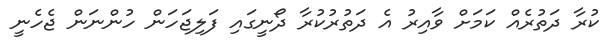
ކުރާ ދަތުރެއް ކަމަށް ވާއިރު އެ ދަތުރުކުރާ ދޯނީގައި ފަލިޖަހަން ހުންނަން ޖެހެނީ